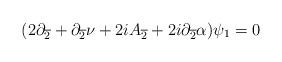
LaTeX: \begin{align*}(2 \partial_{\overline{2}}+\partial_{\overline{2}} \nu +2iA_{\overline{2}} + 2i\partial_{\overline{2}} \alpha) \psi_{1}=0\end{align*}